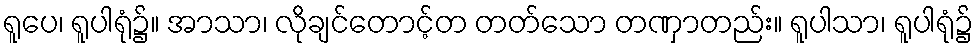
ရူပေ၊ ရူပါရုံ၌။ အာသာ၊ လိုချင်တောင့်တ တတ်သော တဏှာတည်း။ ရူပါသာ၊ ရူပါရုံ၌